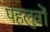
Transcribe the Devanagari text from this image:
पहलुवों